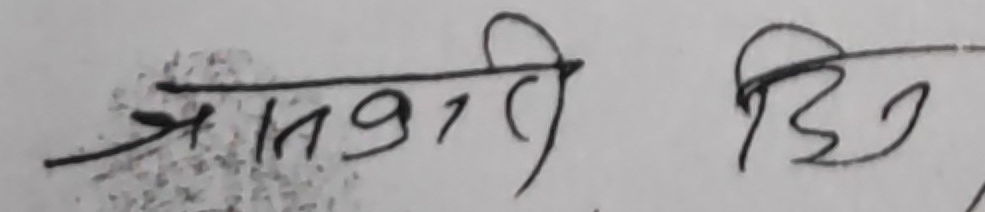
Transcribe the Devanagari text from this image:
प्रसात्री हिनु